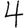
Digit: 4